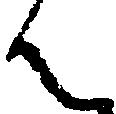
ん